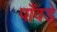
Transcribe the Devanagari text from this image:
पाँवड़े